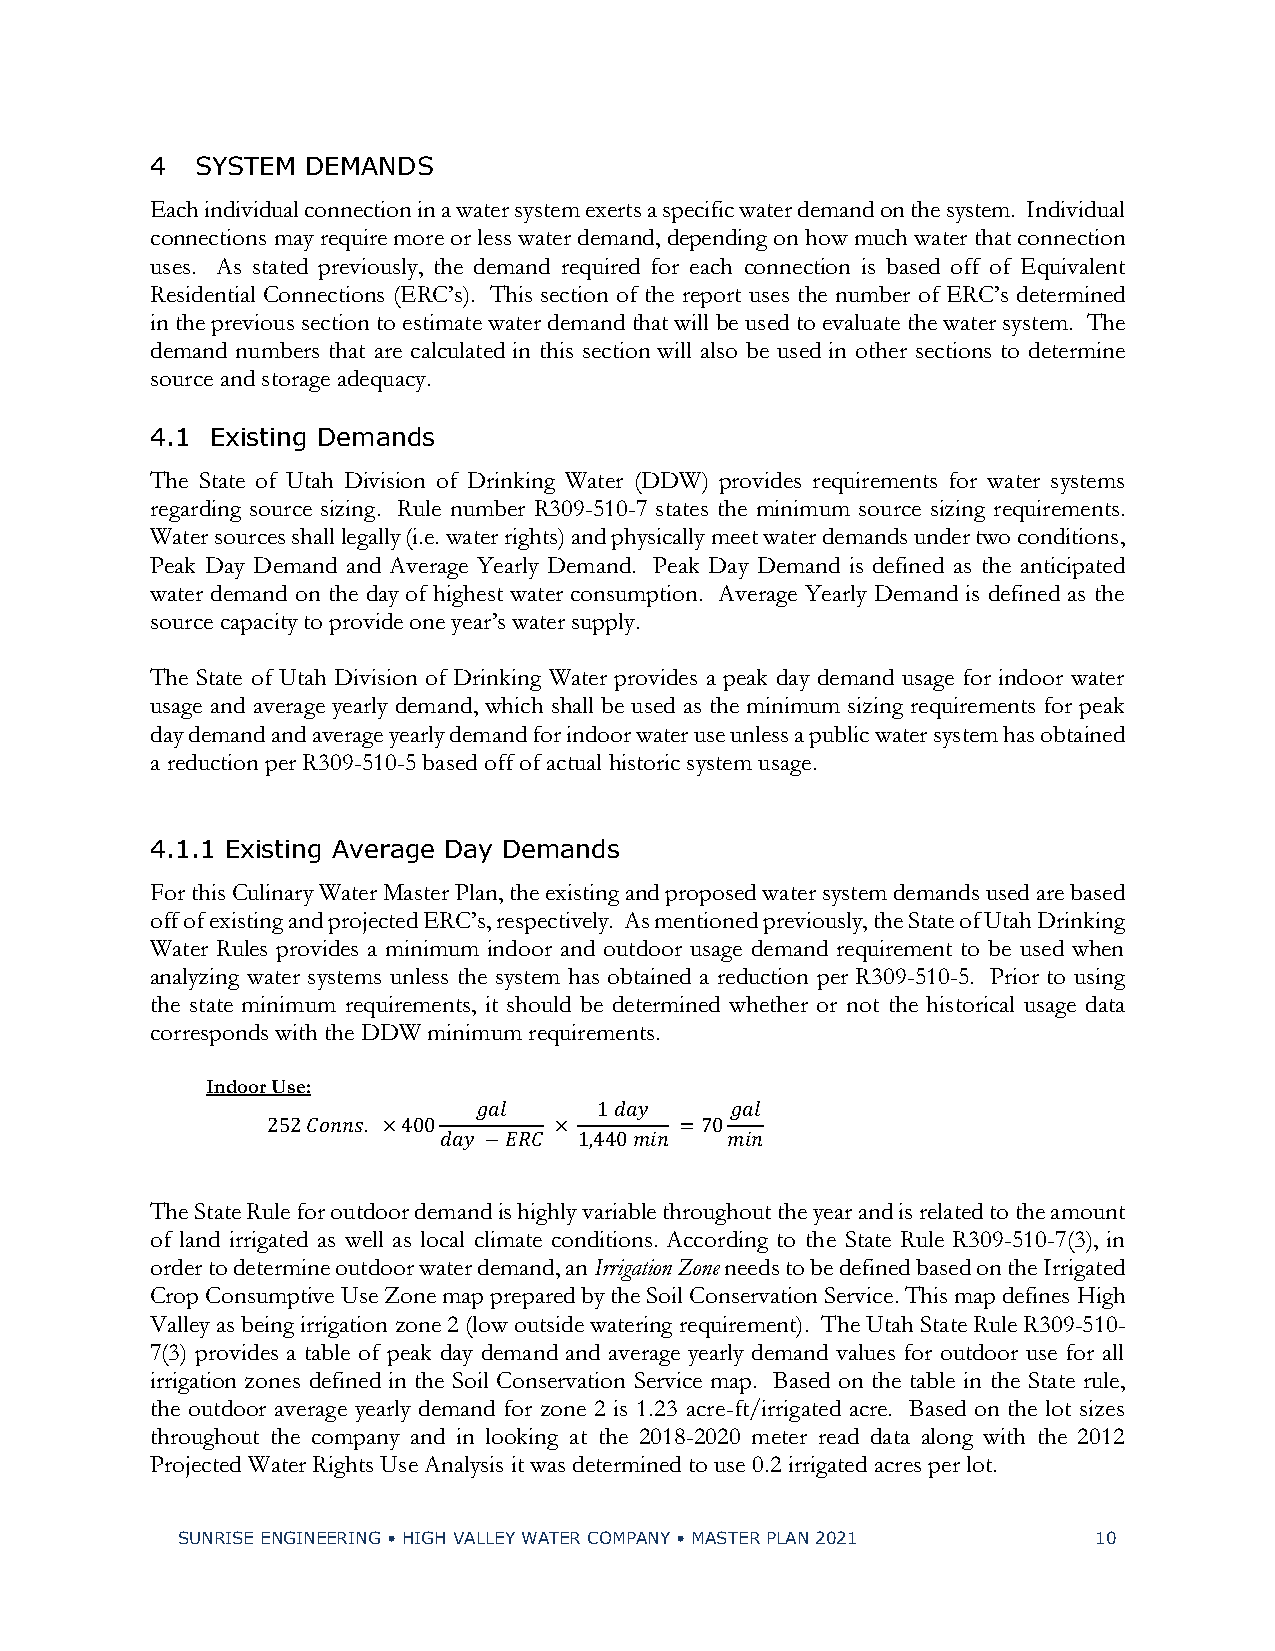
4  SYSTEM DEMANDS
 Each individual connection in a water system exerts a specific water demand on the system. Individual
 connections may require more or less water demand, depending on how much water that connection
 uses. As stated previously, the demand required for each connection is based off of Equivalent
 Residential Connections (ERC’s). This section of the report uses the number of ERC’s determined
 in the previous section to estimate water demand that will be used to evaluate the water system. The
 demand numbers that are calculated in this section will also be used in other sections to determine
 source and storage adequacy.
 4.1 Existing Demands
 The State of Utah Division of Drinking Water (DDW) provides requirements for water systems
 regarding source sizing. Rule number R309-510-7 states the minimum source sizing requirements.
 Water sources shall legally (i.e. water rights) and physically meet water demands under two conditions,
 Peak Day Demand and Average Yearly Demand. Peak Day Demand is defined as the anticipated
 water demand on the day of highest water consumption. Average Yearly Demand is defined as the
 source capacity to provide one year’s water supply.
 The State of Utah Division of Drinking Water provides a peak day demand usage for indoor water
 usage and average yearly demand, which shall be used as the minimum sizing requirements for peak
 day demand and average yearly demand for indoor water use unless a public water system has obtained
 a reduction per R309-510-5 based off of actual historic system usage.
 4.1.1 Existing Average Day Demands
 For this Culinary Water Master Plan, the existing and proposed water system demands used are based
 off of existing and projected ERC’s, respectively. As mentioned previously, the State of Utah Drinking
 Water Rules provides a minimum indoor and outdoor usage demand requirement to be used when
 analyzing water systems unless the system has obtained a reduction per R309-510-5. Prior to using
 the state minimum requirements, it should be determined whether or not the historical usage data
 corresponds with the DDW minimum requirements.
 Indoor Use:
 𝑔𝑎𝑙     1 𝑑𝑎𝑦   𝑔𝑎𝑙
 252 𝐶𝑜𝑛𝑛𝑠. ×400    ×       =70
 𝑑𝑎𝑦 −𝐸𝑅𝐶 1,440 𝑚𝑖𝑛 𝑚𝑖𝑛
 The State Rule for outdoor demand is highly variable throughout the year and is related to the amount
 of land irrigated as well as local climate conditions. According to the State Rule R309-510-7(3), in
 order to determine outdoor water demand, an Irrigation Zone needs to be defined based on the Irrigated
 Crop Consumptive Use Zone map prepared by the Soil Conservation Service. This map defines High
 Valley as being irrigation zone 2 (low outside watering requirement). The Utah State Rule R309-510-
 7(3) provides a table of peak day demand and average yearly demand values for outdoor use for all
 irrigation zones defined in the Soil Conservation Service map. Based on the table in the State rule,
 the outdoor average yearly demand for zone 2 is 1.23 acre-ft/irrigated acre. Based on the lot sizes
 throughout the company and in looking at the 2018-2020 meter read data along with the 2012
 Projected Water Rights Use Analysis it was determined to use 0.2 irrigated acres per lot.
 SUNRISE ENGINEERING • HIGH VALLEY WATER COMPANY • MASTER PLAN 2021 10